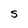
Character: S